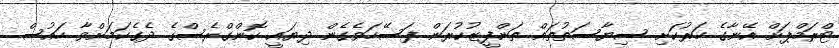
ޓްރަމްޕަށް އޭނާގެ ހަރުކަށި ސިޔާސަތުތައް ތަންފީޒުކުރަން ފަސޭހަވެގެން ދިޔައީ ކޮންގްރެސްގެ ދެގެކަމަށްވާ ހައުސް